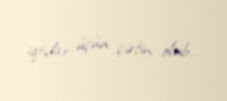
iqtidar üçün çətin olub.